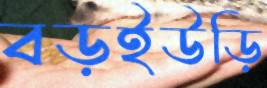
বড়ইউড়ি